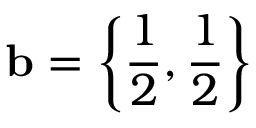
{ \bf b } = \left\{ \frac { 1 } { 2 } , \frac { 1 } { 2 } \right\}